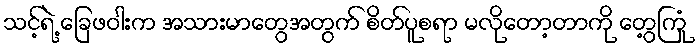
သင့်ရဲ့ ခြေဖဝါးက အသားမာတွေအတွက် စိတ်ပူစရာ မလိုတော့တာကို တွေ့ကြုံ